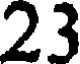
23